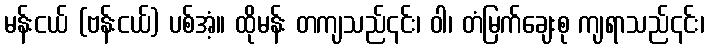
မန်းငယ် (ဗန်းငယ်) ပစ်အံ့။ ထိုမန်း တကျသည်၎င်း၊ ဝါ၊ တံမြက်ချေးစု ကျရာသည်၎င်း၊